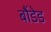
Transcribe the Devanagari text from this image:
बौंडेड